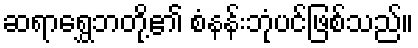
ဆရာရွှေဘတို့၏ စံနန်းဘုံပင်ဖြစ်သည်။